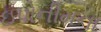
ઇપોનીમના